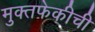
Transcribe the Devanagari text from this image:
मुक्तफेकीची